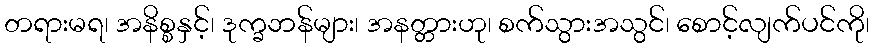
တရားမရ၊ အနိစ္စနှင့်၊ ဒုက္ခဘန်များ၊ အနတ္တားဟု၊ စက်သွားအသွင်၊ စောင့်လျက်ပင်ကို၊